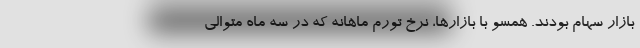
بازار سهام بودند. همسو با بازارها، نرخ تورم ماهانه که در سه ماه متوالی